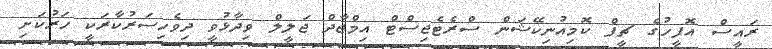
ރައީސް އޮފީހުގެ ޗީފް ކޮމިއުނިކޭޝަން ސްރެޓެޖިސްޓް އިމްޖާދް ޖަލީލް ވިދާޅުވީ ދިވެހިސަރުކާރަކީ ހަރުކަށި